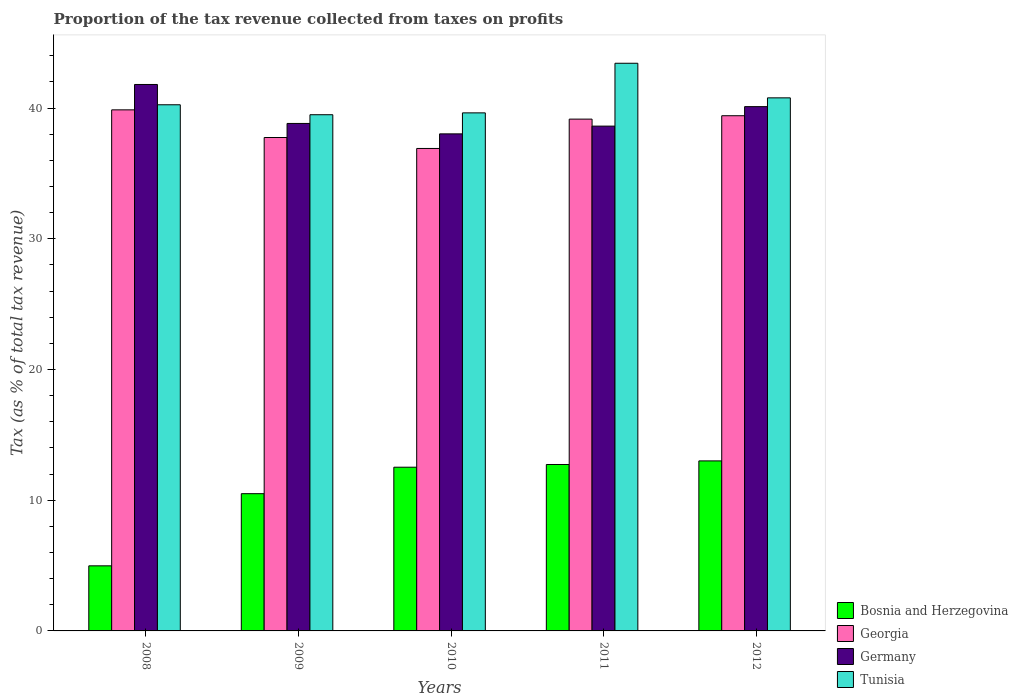
| Years | Bosnia and Herzegovina | Georgia | Germany | Tunisia |
 | --- | --- | --- | --- | --- |
 | 2008 | 4.98 | 39.9 | 41.8 | 40.3 |
 | 2009 | 10.5 | 37.7 | 38.8 | 39.5 |
 | 2010 | 12.5 | 36.9 | 38 | 39.6 |
 | 2011 | 12.7 | 39.2 | 38.6 | 43.4 |
 | 2012 | 13 | 39.4 | 40.1 | 40.8 |